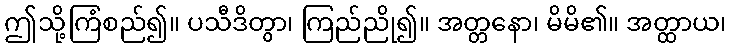
ဤသို့ကြံစည်၍။ ပသီဒိတွာ၊ ကြည်ညို၍။ အတ္တနော၊ မိမိ၏။ အတ္ထာယ၊